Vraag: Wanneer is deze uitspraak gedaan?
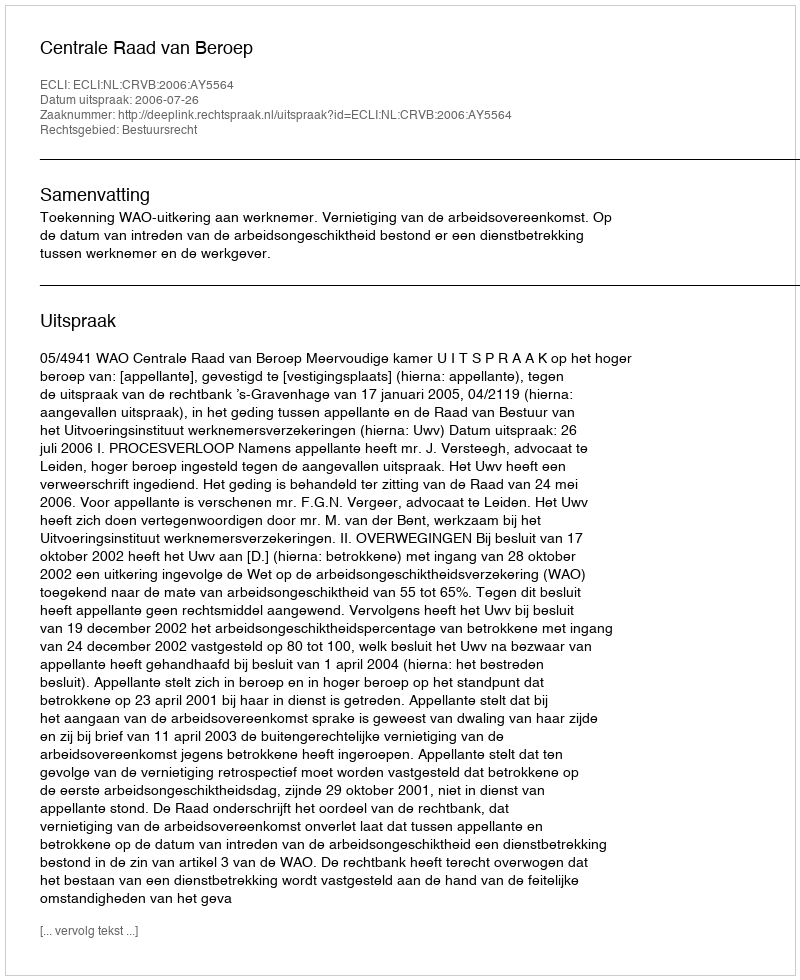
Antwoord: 2006-07-26